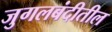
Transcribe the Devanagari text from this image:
जुगलबंदीतील